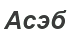
Асэб